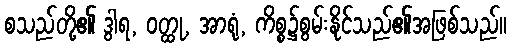
စသည်တို့၏ ဒွါရ, ဝတ္ထု, အာရုံ, ကိစ္စ၌စွမ်းနိုင်သည်၏အဖြစ်သည်။